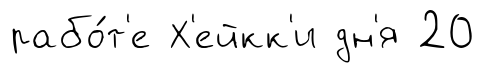
рабо́т'е Х'ейкк'и дн'я 20